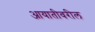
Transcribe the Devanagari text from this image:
आयातीवरील